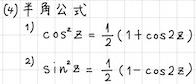
(4)半角公式
1) $\cos ^{2}z=\frac{1}{2}(1 + \cos 2z)$
2) $\sin ^{2}z=\frac{1}{2}(1 - \cos 2z)$